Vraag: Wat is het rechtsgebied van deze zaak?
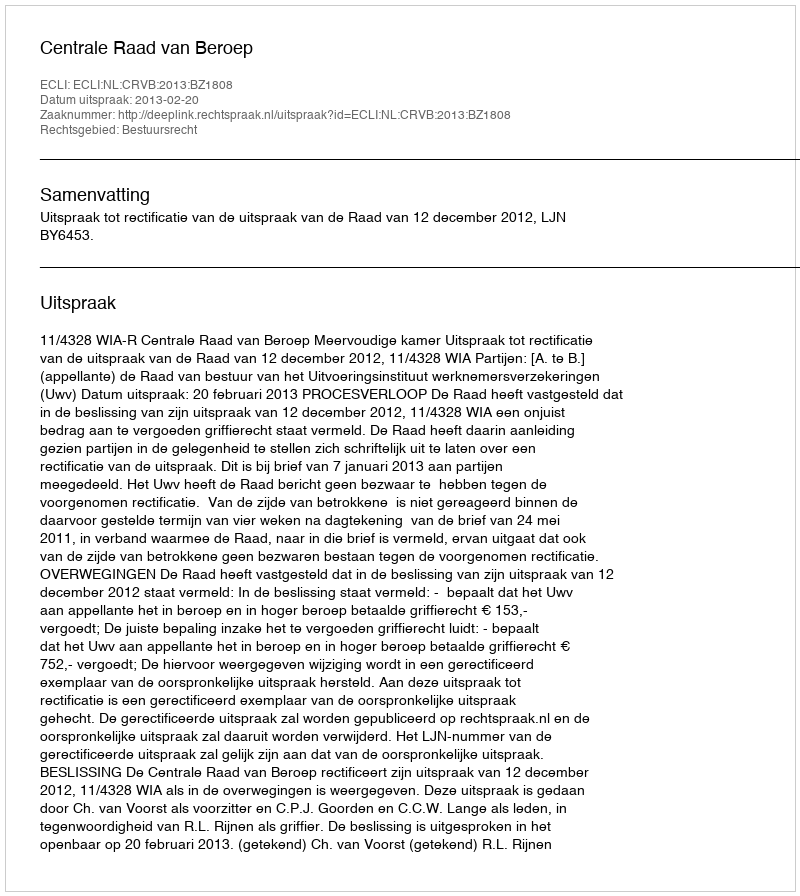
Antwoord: Bestuursrecht